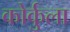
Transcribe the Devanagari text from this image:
कोर्कुला